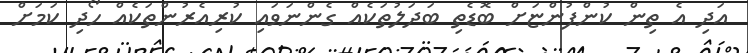
އަދި އެ ތިން ކުންފުންޏަށް ބޮޑެތި ބަދަލުތަކެއް ގެންނަވައި ކުރިއެރުންތަކެއް ހޯދި ކަމަށް